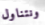
ونتناول